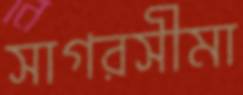
সাগরসীমা